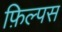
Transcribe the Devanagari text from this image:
फ़िल्पस